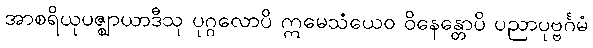
အာစရိယုပဇ္ဈာယာဒီသု ပုဂ္ဂလောပိ ဣမေသံယေဝ ဝိနေန္တောပိ ပညာပုဗ္ဗင်္ဂမံ